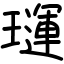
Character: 璭